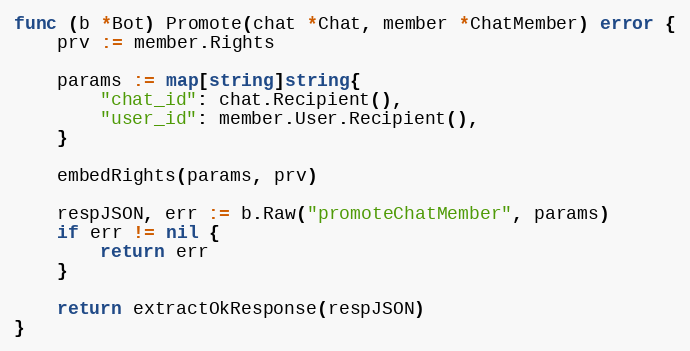
Language: Go
func (b *Bot) Promote(chat *Chat, member *ChatMember) error {
	prv := member.Rights

	params := map[string]string{
		"chat_id": chat.Recipient(),
		"user_id": member.User.Recipient(),
	}

	embedRights(params, prv)

	respJSON, err := b.Raw("promoteChatMember", params)
	if err != nil {
		return err
	}

	return extractOkResponse(respJSON)
}